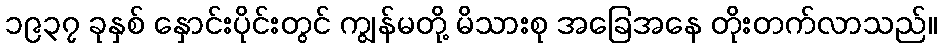
၁၉၃၇ ခုနှစ် နှောင်းပိုင်းတွင် ကျွန်မတို့ မိသားစု အခြေအနေ တိုးတက်လာသည်။